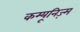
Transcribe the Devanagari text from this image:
कम्यूनिज़्म